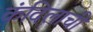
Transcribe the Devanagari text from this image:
कंदिलाची